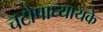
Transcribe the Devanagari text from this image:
चटोपाध्यायके